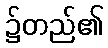
၌တည်၏